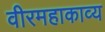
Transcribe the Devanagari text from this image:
वीरमहाकाव्य